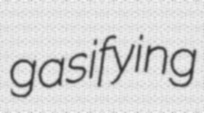
gasifying